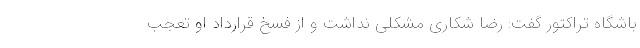
باشگاه تراکتور گفت: رضا شکاری مشکلی نداشت و از فسخ قرارداد او تعجب